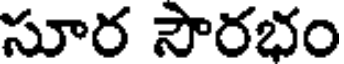
సూర సౌరభం